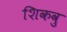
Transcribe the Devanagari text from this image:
शिकवु